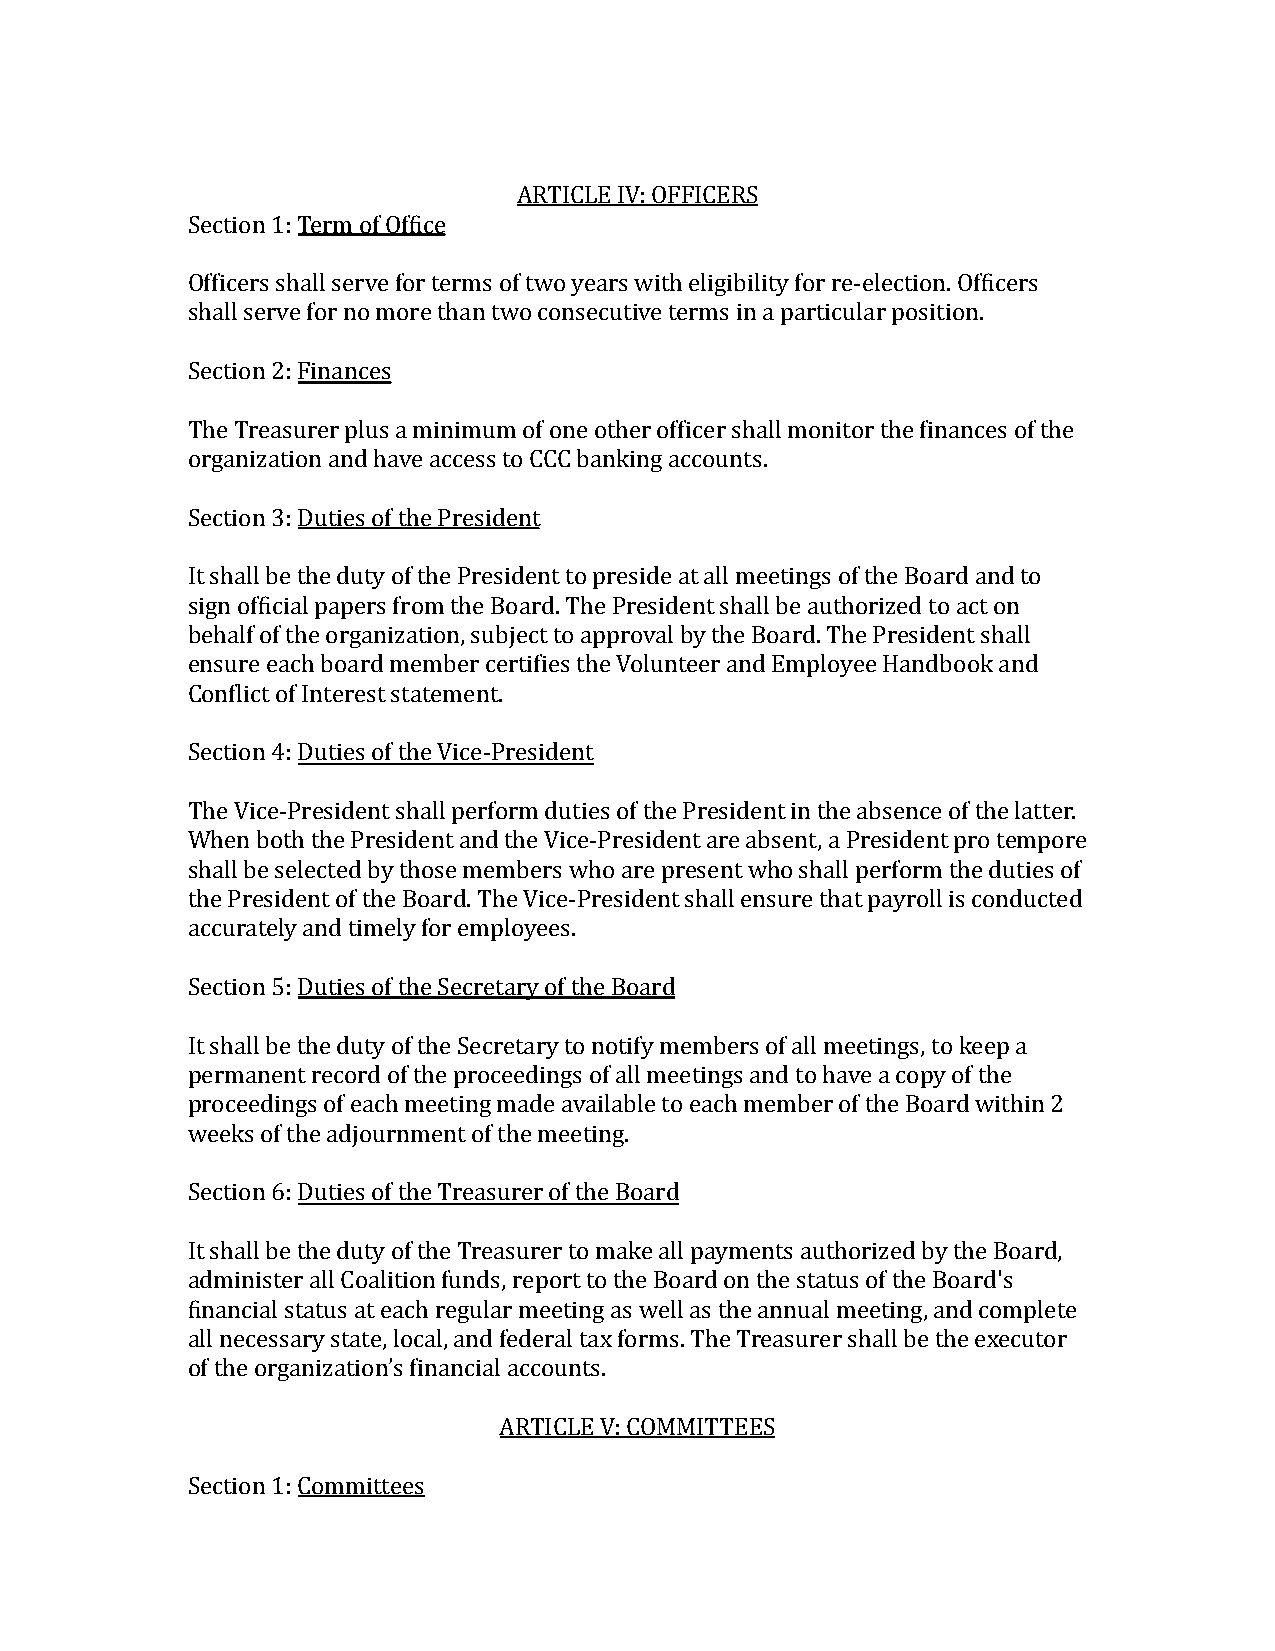
ARTICLE IV: OFFICERS
 Section 1:Term of Office
 Officers shall serve for terms of two years with eligibility for re-election. Officers
 shall serve for no more than two consecutive terms in a particular position.
 Section 2:Finances
 The Treasurer plus a minimum of one other officer shall monitor the finances of the
 organization and have access to CCC banking accounts.
 Section 3:Duties of the President
 It shall be the duty of the President to preside at all meetings of the Board and to
 sign official papers from the Board. The President shall be authorized to act on
 behalf of the organization, subject to approval by the Board. The President shall
 ensure each board member certifies the Volunteer and Employee Handbook and
 Conflict of Interest statement.
 Section 4:Duties of the Vice-President
 The Vice-President shall perform duties of the President in the absence of the latter.
 When both the President and the Vice-President are absent, a President pro tempore
 shall be selected by those members who are present who shall perform the duties of
 the President of the Board. The Vice-President shall ensure that payroll is conducted
 accurately and timely for employees.
 Section 5:Duties of the Secretary of the Board
 It shall be the duty of the Secretary to notify members of all meetings, to keep a
 permanent record of the proceedings of all meetings and to have a copy of the
 proceedings of each meeting made available to each member of the Board within 2
 weeks of the adjournment of the meeting.
 Section 6:Duties of the Treasurer of the Board
 It shall be the duty of the Treasurer to make all payments authorized by the Board,
 administer all Coalition funds, report to the Board on the status of the Board's
 financial status at each regular meeting as well as the annual meeting, and complete
 all necessary state, local, and federal tax forms. The Treasurer shall be the executor
 of the organization’s financial accounts.
 ARTICLE V: COMMITTEES
 Section 1:Committees